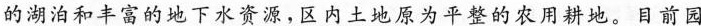
的湖泊和丰富的地下水资源，区内土地原为平整的农用耕地。目前园